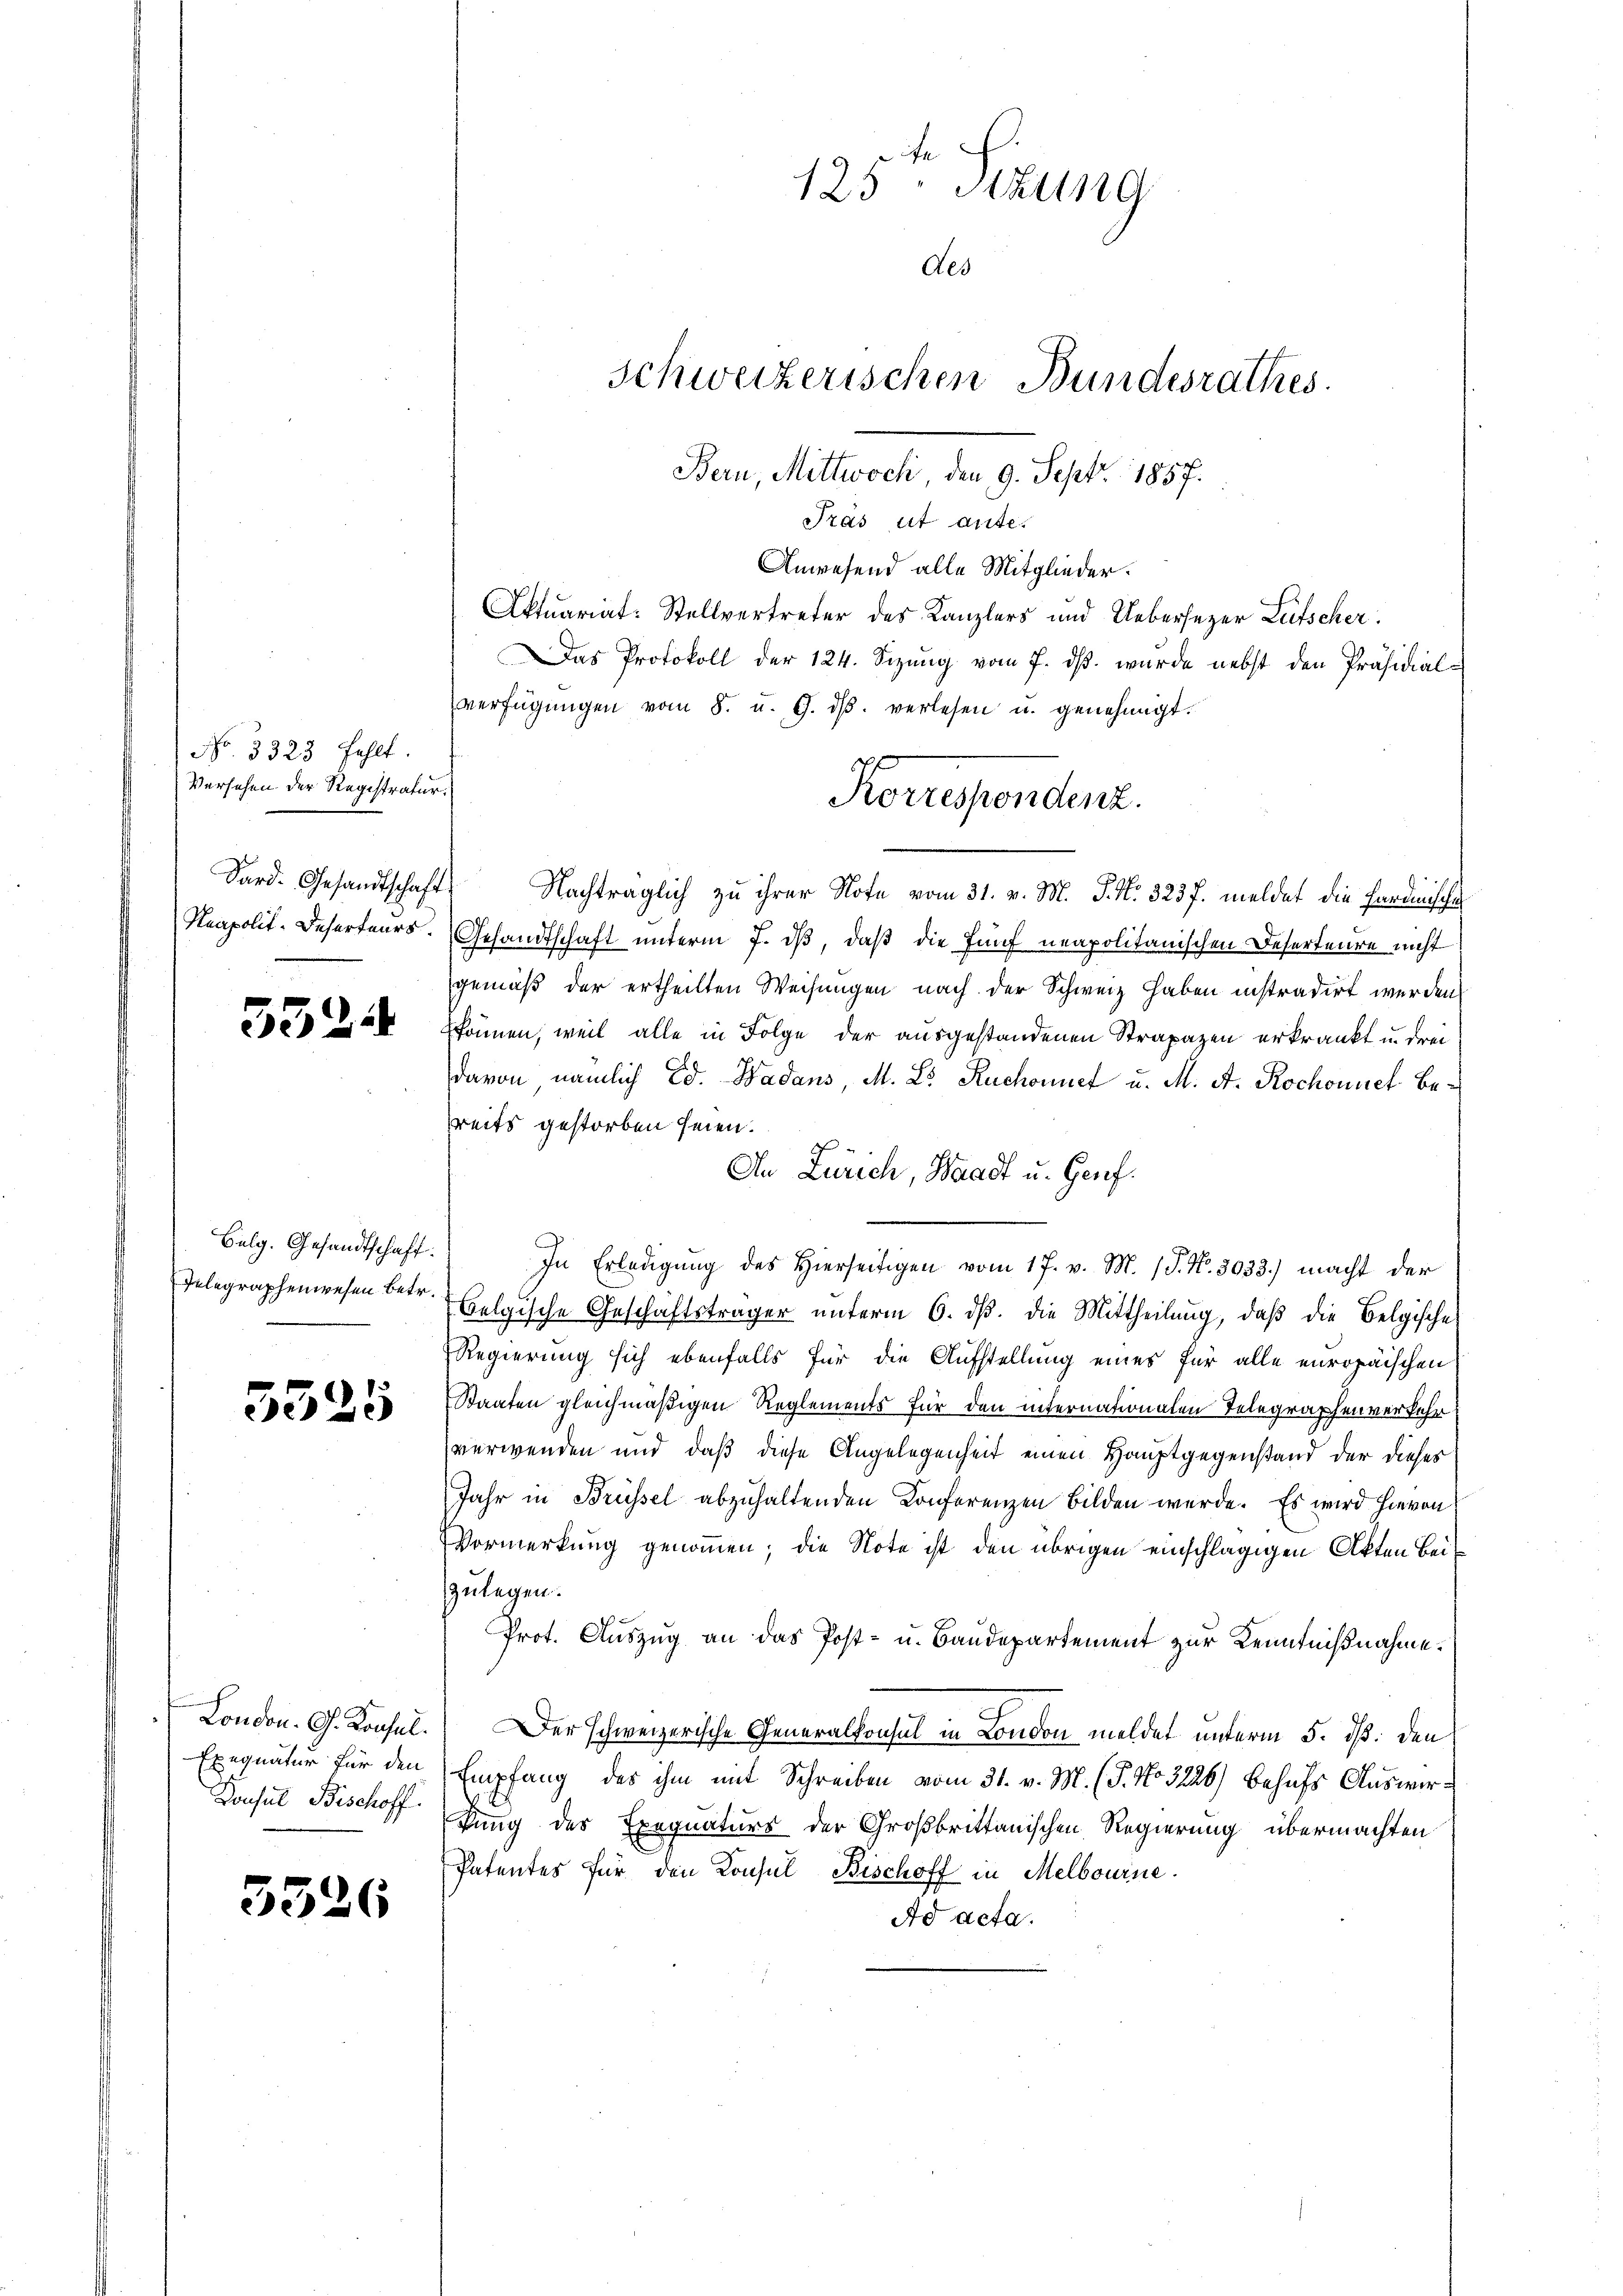
No. 3323 fehlt.
Versehen der Registratur
Sard. Gesandtschaft

33.

.

Bulg. Gesandtschaft.
Telegraphenwesen betr.

5525

London. G. Konsul.
Exequatur für den
Donsul Bischoff

5326

Aktuariat: Stellvertreter des Kanzlers und Uebersezer Lütscher
Das Protokoll der 124. Sizŭng vom 7. dβ. wurde nebst den Präsidial-
verfügŭngen vom 8. u. G. dβ. verlesen u. genehmigt.
Nachträglich zu ihrer Note vom 31. v. M. P. Nr. 323 f. meldet die Fardinische
Neapolit-Deserteurs. Gesandtschaft unterm 7. dβ, daß die fünf neapolitanischen Deserteure nicht
gemäß der ertheilten Weisungen nach der Schweiz haben instradirt werden.
können, weil alle in Folge der ausgestandenen Strapazen erkrankt u. drei
davon nämlich Ed. Badans, M. L. Ruchonnet u. M. A. Rochonnet Bereits gestorben seien.
In Zürich, Waadt u. Genf.
In Erledigŭng des hierseitigen vom 17. v. M. (S. Nr. 3033.) macht der
belgische Geschäftsträger unterm 6. dß. die Mittheilung, daß die Belgische
Regierung sich ebenfalls für die Aufstellung eines für alle europäischen
Staaten gleichmäßigen Reglements für den internationalen Telegraphenverkehr
verwenden und daß diese Angelegenheit einen Hauptgegenstand der dieses
Jahr in Brüssel abzuhaltenden Konferenzen bilden werde. Es wird hievon
Vormerkung genommen; die Note ist den übrigen einschlägigen Akten Beizulegen.
Prot. Auszug an das Post- u. Baudepartement zur Kenntnißnahme.
Der schweizerische Generalkonsul in London meldet unterm 5. dß. Den
Empfang, des ihm mit Schreiben vom 31. v. M. (T. No 3226) behufs Auswirtung des Exequaturs der Großbrittanischen Regierung übermachten
Patentes für den Konsul Bischoff in Melbourne
Ad acta.

ihe
125 Stzung
Aes
Schweizerischen Bundesrathes.
Bern, Mittwoch, den 9. Sept. 1857.
Pras ut ante.
Anwesend alle Mitglieder.

Korrespondenz.